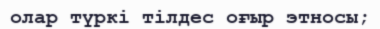
олар түркі тілдес оғыр этносы;